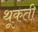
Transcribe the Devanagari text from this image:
थूकती